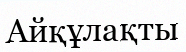
Айқұлақты